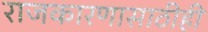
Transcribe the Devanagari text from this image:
राजकारणासाठीही